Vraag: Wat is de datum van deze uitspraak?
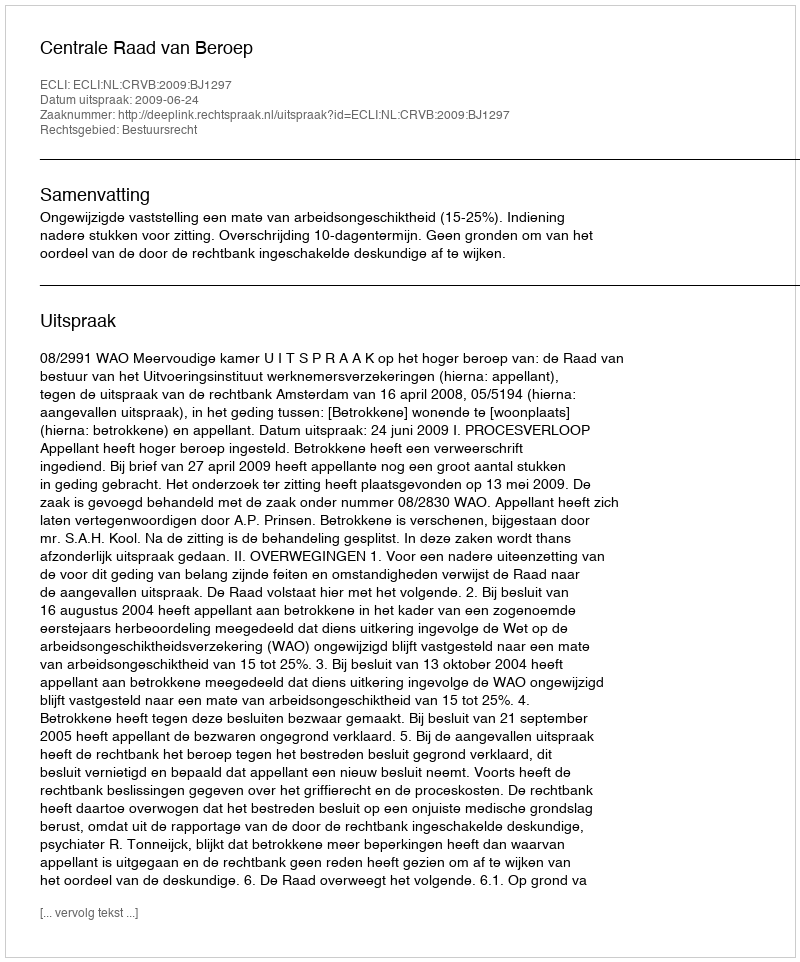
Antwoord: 2009-06-24